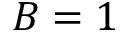
B = 1